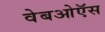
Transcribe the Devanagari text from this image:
वेबओऍस